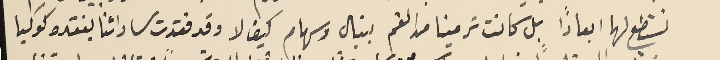
نستطع لها ابعادًا بل كانت ترمينا من القم بنبال وسهام كيف لا وقد فقدت ساداتنا بفقده كوكبا